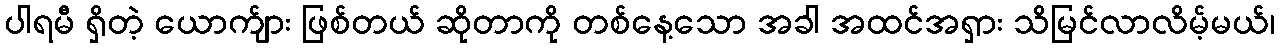
ပါရမီ ရှိတဲ့ ယောက်ျား ဖြစ်တယ် ဆိုတာကို တစ်နေ့သော အခါ အထင်အရှား သိမြင်လာလိမ့်မယ်၊